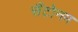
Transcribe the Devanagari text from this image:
सैंटोनम